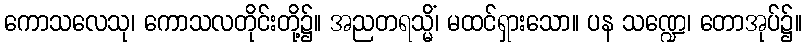
ကောသလေသု၊ ကောသလတိုင်းတို့၌။ အညတရသ္မိံ၊ မထင်ရှားသော။ ပန သဏ္ဍေ၊ တောအုပ်၌။